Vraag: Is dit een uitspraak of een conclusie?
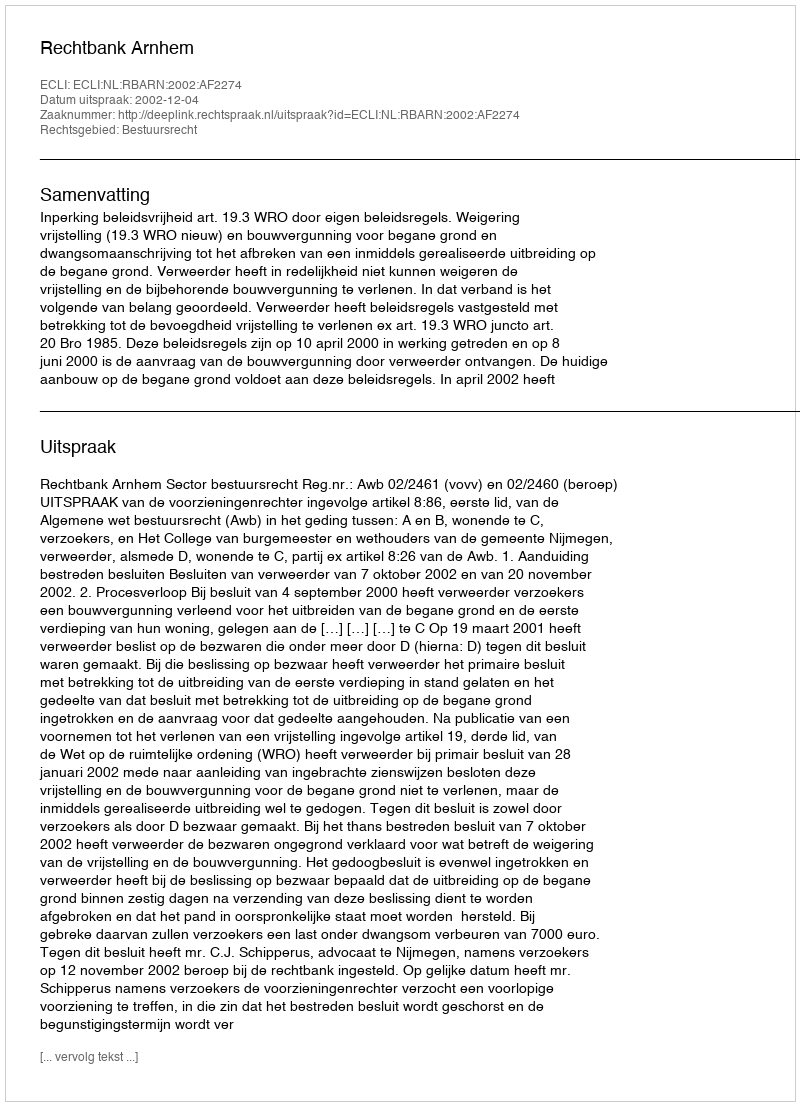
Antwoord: Uitspraak